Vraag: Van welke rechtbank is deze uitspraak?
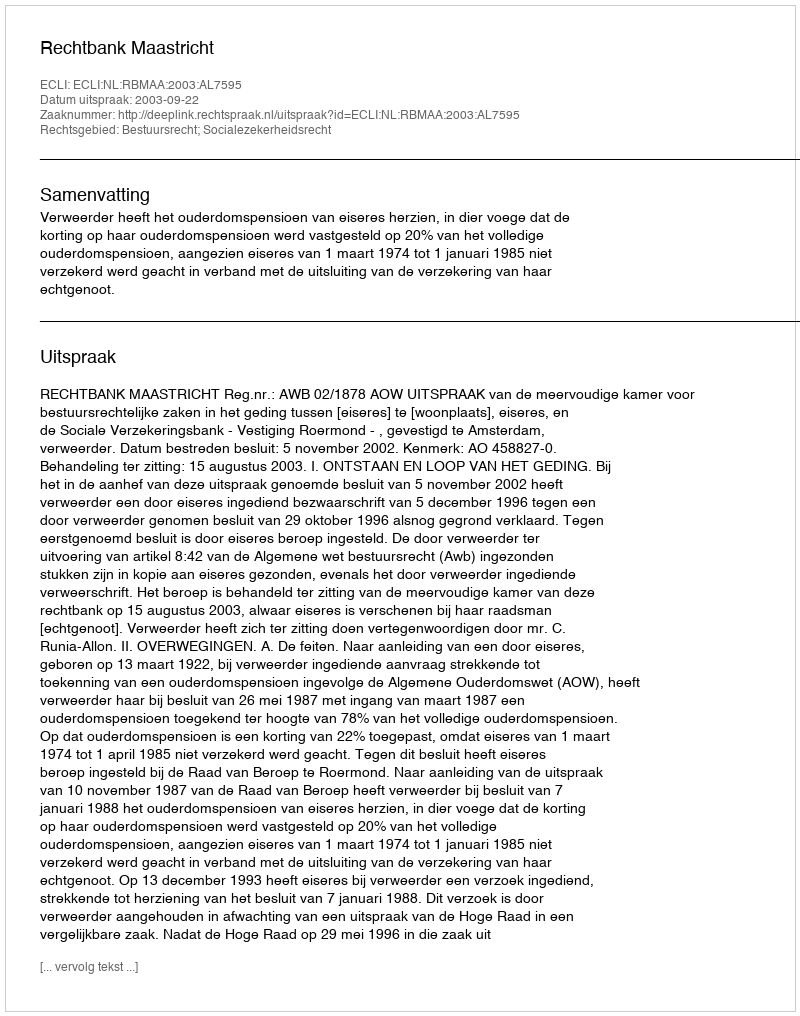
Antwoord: Rechtbank Maastricht